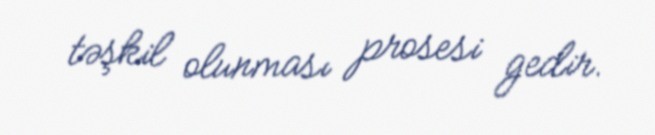
təşkil olunması prosesi gedir.